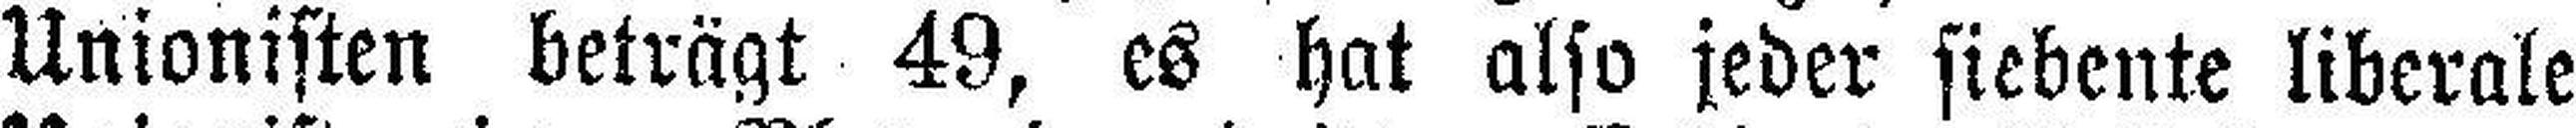
Unionisten beträgt 49, es hat also jeder siebente liberale